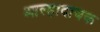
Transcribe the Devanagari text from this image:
आल्हादायक